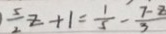
\vert \frac { 5 } { 2 } z + 1 = \frac { 1 } { 5 } - \frac { 7 - 8 } { 3 }